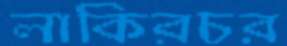
লাকিরচর